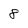
Character: 8